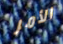
الأمر